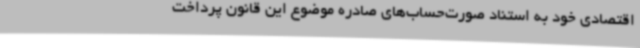
اقتصادی خود به استناد صورت‌حساب‌های صادره موضوع این قانون پرداخت